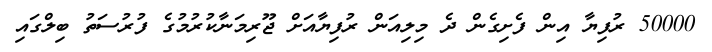
50000 ރުފިޔާ އިން ފެށިގެން ދެ މިލިއަން ރުފިޔާއަށް ޖޫރިމަނާކުރުމުގެ ފުރުސަތު ބިލްގައި